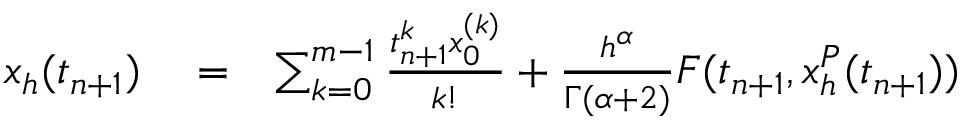
\begin{array} { r l r } { x _ { h } ( t _ { n + 1 } ) } & { { } = } & { \sum _ { k = 0 } ^ { m - 1 } \frac { t _ { n + 1 } ^ { k } x _ { 0 } ^ { ( k ) } } { k ! } + \frac { h ^ { \alpha } } { \Gamma ( \alpha + 2 ) } F ( t _ { n + 1 } , x _ { h } ^ { P } ( t _ { n + 1 } ) ) } \end{array}